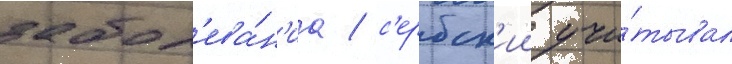
забол'ева́н'иа / с'ербск'ии учи́тывал